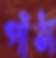
পাঁঠা